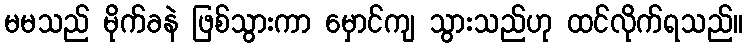
မမသည် မိုက်ခနဲ ဖြစ်သွားကာ မှောင်ကျ သွားသည်ဟု ထင်လိုက်ရသည်။